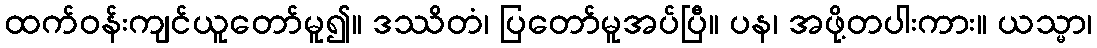
ထက်ဝန်းကျင်ယူတော်မူ၍။ ဒဿိတံ၊ ပြတော်မူအပ်ပြီ။ ပန၊ အဖို့တပါးကား။ ယသ္မာ၊